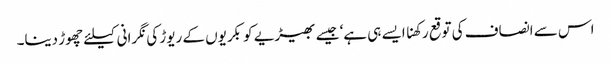
اس سے انصاف کی توقع رکھنا ایسے ہی ہے‘ جیسے بھیڑیے کو بکریوں کے ریوڑ کی نگرانی کیلئے چھوڑ دینا۔